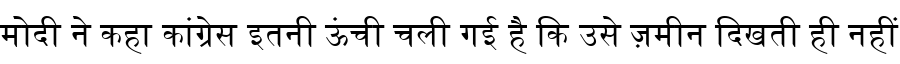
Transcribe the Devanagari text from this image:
मोदी ने कहा कांग्रेस इतनी ऊंची चली गई है कि उसे ज़मीन दिखती ही नहीं